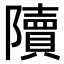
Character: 𨽍